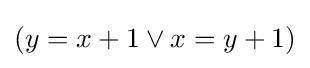
{\textstyle (y=x+1\lor x=y+1)}